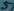
Text: 5